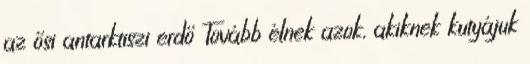
az ősi antarktiszi erdő Tovább élnek azok, akiknek kutyájuk